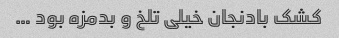
کشک بادنجان خیلی تلخ و بدمزه بود …